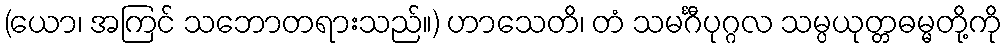
(ယော၊ အကြင် သဘောတရားသည်။) ဟာသေတိ၊ တံ သမင်္ဂီပုဂ္ဂလ သမ္ပယုတ္တဓမ္မတို့ကို